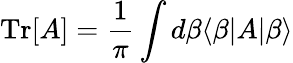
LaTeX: \mathrm{Tr}[A]=\frac{1}{\pi}\int d\beta\langle\beta|A|\beta\rangle